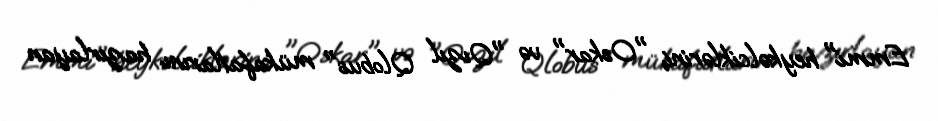
Emmi" heykəlciklərini, "Oskar" və "Qızıl Qlobus" mükafatlarını hazırlayan